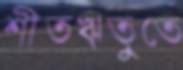
শীতঋতুতে